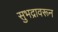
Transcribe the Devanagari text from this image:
सुभद्रावरून